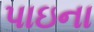
પાઇના